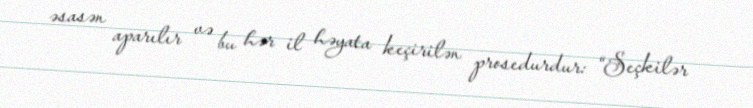
əsasən aparılır və bu hər il həyata keçirilən prosedurdur: “Seçkilər